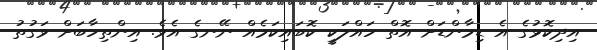
އިދިކޮޅުގެ އެ ޑިމާންޑަށް އޮތް ހައްލަކީ ކޮބައިކަމެއް ނޭނގެ އެވެ. އިންތިހާބަށް ވަގުތު